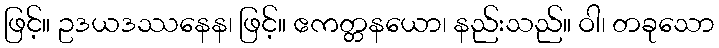
ဖြင့်။ ဥဒယဒဿနေန၊ ဖြင့်။ ဧကတ္တနယော၊ နည်းသည်။ ဝါ၊ တခုသော